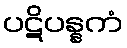
ပဋိပန္နကံ